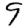
Digit: 9